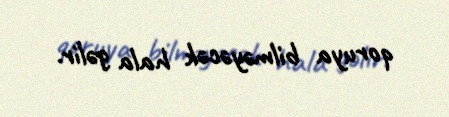
qoruya bilməyəcək hala gəlir.